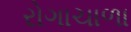
રોગાચાળા